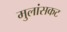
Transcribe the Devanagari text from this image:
मुलांसकट